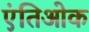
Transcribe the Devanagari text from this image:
एंतिओक